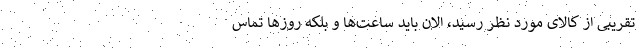
تقریبی از کالای مورد نظر رسید، الان باید ساعت‌ها و بلکه روزها تماس